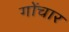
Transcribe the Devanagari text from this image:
गोंचार